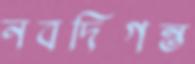
নবদিগন্ত